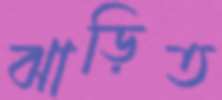
ঝাড়িত